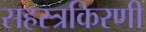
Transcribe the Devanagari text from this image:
सहस्त्रकिरणी